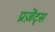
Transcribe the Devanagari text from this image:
प्रज़ेंट्स